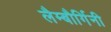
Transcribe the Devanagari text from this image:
लैम्बौर्गिनी